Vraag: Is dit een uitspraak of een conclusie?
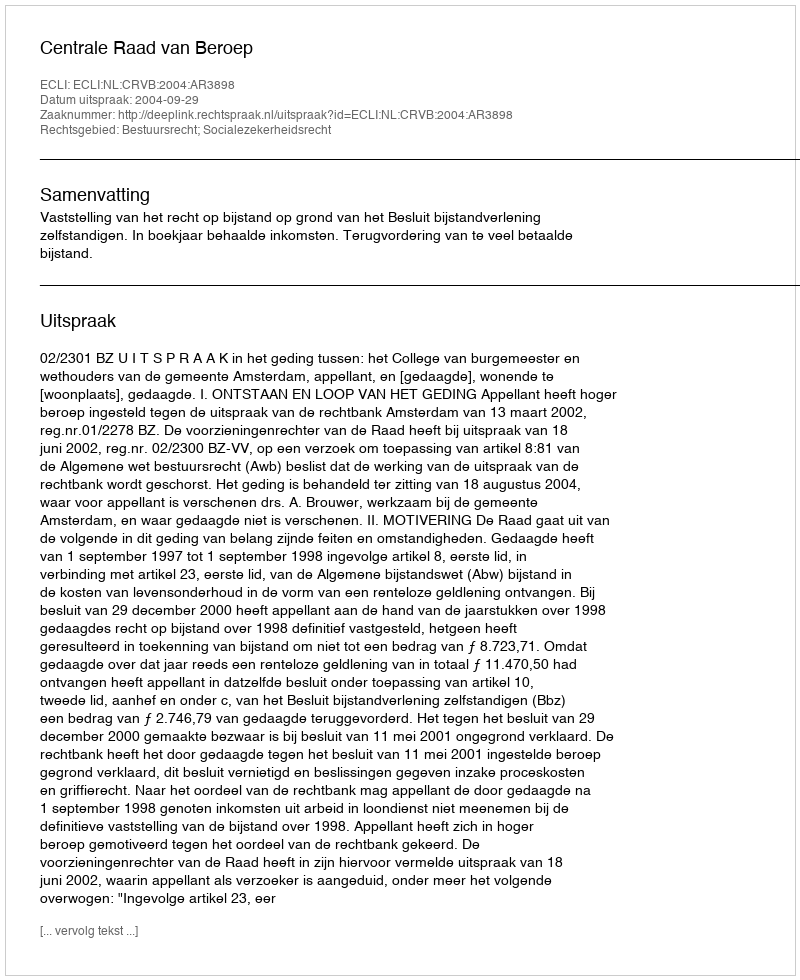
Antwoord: Uitspraak